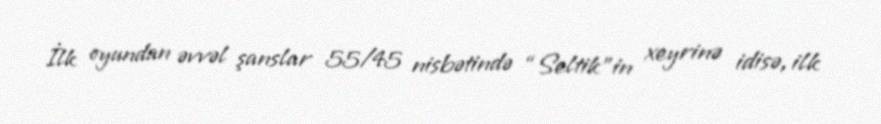
İlk oyundan əvvəl şanslar 55/45 nisbətində “Seltik”in xeyrinə idisə, ilk